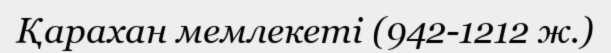
Қарахан мемлекеті (942-1212 ж.)